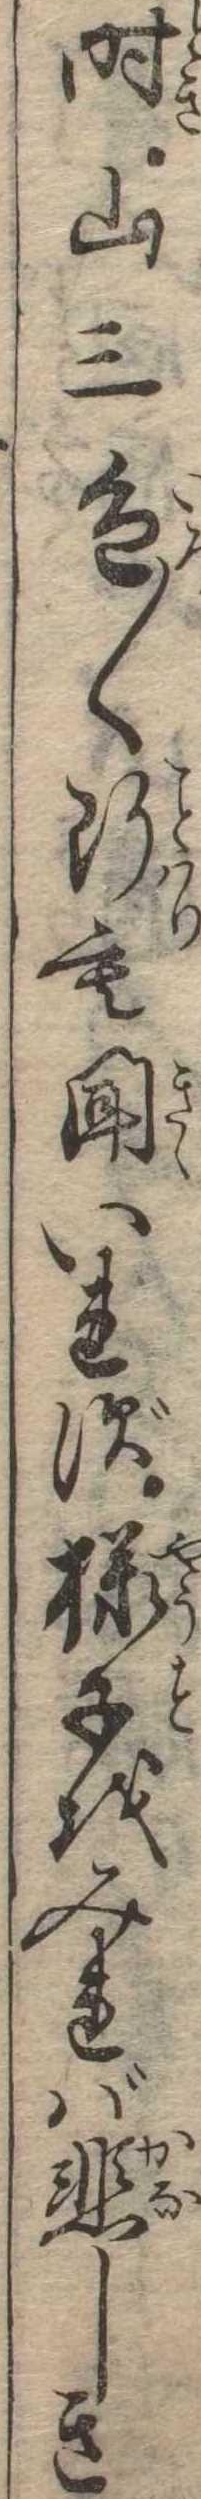
時山三色〱断も聞いれず様子をみれば悲しき